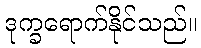
ဒုက္ခရောက်နိုင်သည်။